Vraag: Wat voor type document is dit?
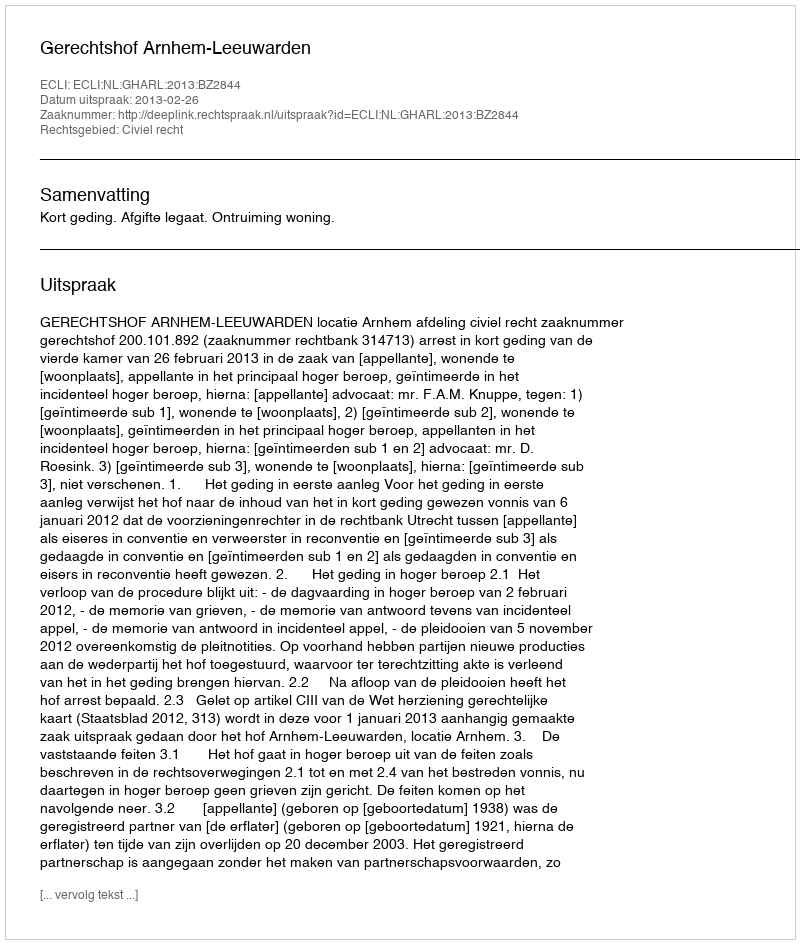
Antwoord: Uitspraak